Lunatic asylums United Prov. 1922-30 - 1922-1930
Year: 1922
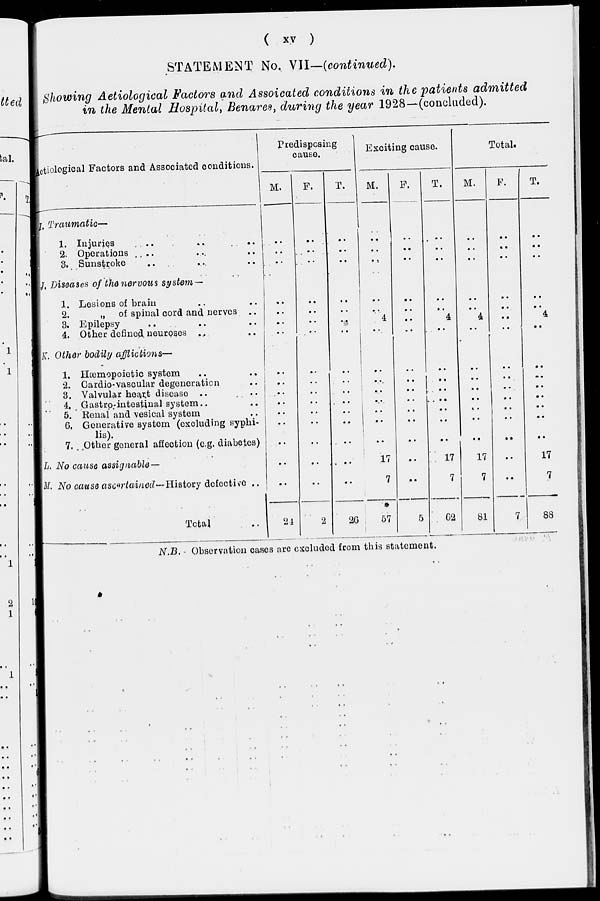
( xv )
STATEMENT No. VII—(continued).
Showing Aetiological Factors and Assoicated conditions in the patients admitted
in the Mental Hospital, Benares, during the year 1928—(concluded).
Aetiological Factors and Associated conditions.
I. Traumatic—
1. Injuries .. .. ..
2. Operations .. .. ..
3. Sunstroke .. .. ..
J. Diseases of the nervous system —
1. Lesions of brain .. ..
2.
„ of spinal cord and nerves ..
3. Epilepsy .. .. ..
4. Other defined neuroses .. ..
K. Other bodily afflictions—
1. Hæmopoietic system .. ..
2. Cardio-vascular degeneration ..
3. Valvular heart disease .. ..
4. Gastro-intestinal system.. ..
5. Renal and vesical system ..
6. Generative system (excluding syphi-
lis).
7. Other general affection (e.g. diabetes)
L. No cause assignable —
M. No cause ascertained—History defeetive ..
Total ..
Predisposing
cause.
M.
..
..
..
..
..
..
..
..
..
..
..
..
..
..
..
..
24
F.
..
..
..
..
..
..
..
..
..
..
..
..
..
..
..
..
2
T.
..
..
..
..
..
..
..
. .
..
..
..
..
..
..
..
..
26
Exciting cause.
M.
..
..
..
..
..
4
..
..
..
..
..
..
..
..
17
7
57
F.
..
..
..
..
..
..
..
..
..
..
..
..
..
..
..
..
5
T.
..
..
..
..
..
4
..
..
..
..
..
..
..
..
17
7
62
Total.
M.
..
..
..
..
..
4
..
..
..
..
..
..
..
..
17
7
81
F.
..
..
..
..
..
..
..
..
..
..
..
..
..
..
..
..
7
T.
..
..
..
..
..
4
..
..
..
..
..
..
..
..
17
7
88
N.B. - Observation cases are excluded from this statement.